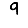
Digit: 9